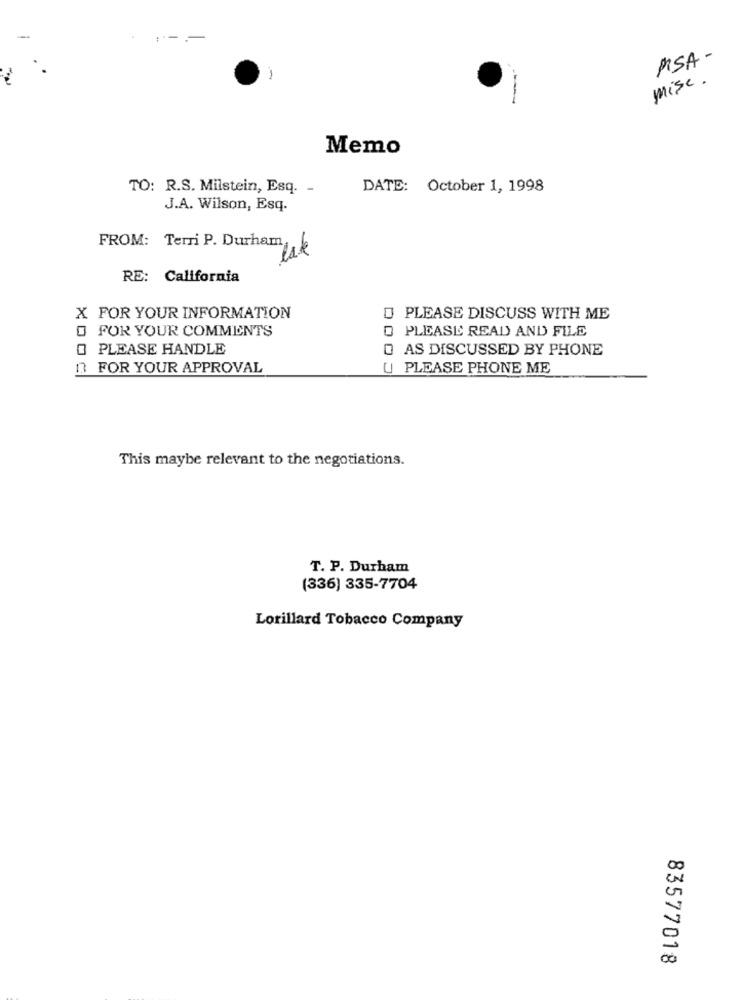
PISA-
mise .
Memo
TO: R.S. Milstein, Esq. -
DATE: October 1, 1998
J.A. Wilson, Esq.
FROM: Terri P. Durham,
RE: California
X FOR YOUR INFORMATION
PLEASE DISCUSS WITH ME
O FOR YOUR COMMENTS
PLEASE READ AND FILE
O PLEASE HANDLE
AS DISCUSSED BY PHONE
D FOR YOUR APPROVAL
U PLEASE PHONE ME
This maybe relevant to the negotiations.
T. P. Durham
(336) 335-7704
Lorillard Tobacco Company
83577018